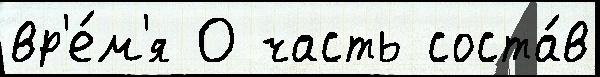
вр'е́м'я О часть соста́в